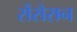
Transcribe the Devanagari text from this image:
सेंसेसन